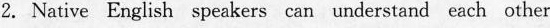
2. Native English speakers can understand each other